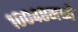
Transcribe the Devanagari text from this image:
१००४८मध्ये